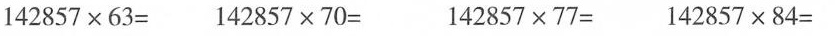
$$142857\times63=$$ $$142857\times70=$$ $$142857\times77=$$ $$142857\times84=$$